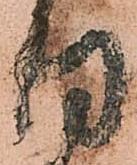
同